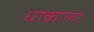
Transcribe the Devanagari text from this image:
धाकाला